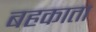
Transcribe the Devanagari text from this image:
बहकाता